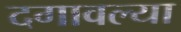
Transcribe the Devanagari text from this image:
दगावल्या